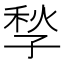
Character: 𡥻